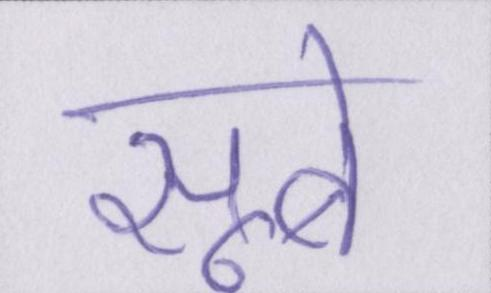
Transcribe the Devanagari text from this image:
सूबे